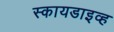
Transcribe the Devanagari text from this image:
स्कायडाइव्ह